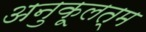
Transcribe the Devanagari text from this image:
अनुकूलत्म